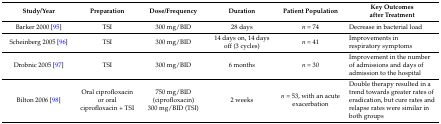
<table><thead><tr><td><b>Study/Year</b></td><td><b>Preparation</b></td><td><b>Dose/Frequency</b></td><td><b>Duration</b></td><td><b>Patient Population</b></td><td><b>Key Outcomes after Treatment</b></td></tr></thead><tbody><tr><td>Barker 2000 [95]</td><td>TSI</td><td>300 mg/BID</td><td>28 days</td><td><i>n</i> = 74</td><td>Decrease in bacterial load</td></tr><tr><td>Scheinberg 2005 [96]</td><td>TSI</td><td>300 mg/BID</td><td>14 days on, 14 days off (3 cycles)</td><td><i>n</i> = 41</td><td>Improvements in respiratory symptoms</td></tr><tr><td>Drobnic 2005 [97]</td><td>TSI</td><td>300 mg/BID</td><td>6 months</td><td><i>n</i> = 30</td><td>Improvement in the number of admissions and days of admission to the hospital</td></tr><tr><td>Bilton 2006 [98]</td><td>Oral ciprofloxacin or oral ciprofloxacin + TSI</td><td>750 mg/BID (ciprofloxacin) 300 mg/BID (TSI)</td><td>2 weeks</td><td><i>n</i> = 53, with an acute exacerbation</td><td>Double therapy resulted in a trend towards greater rates of eradication, but cure rates and relapse rates were similar in both groups</td></tr></tbody></table>